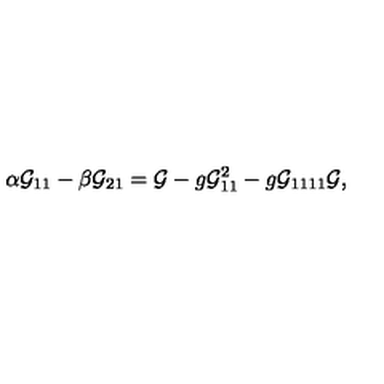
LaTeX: \alpha { \cal G } _ { 1 1 } - \beta { \cal G } _ { 2 1 } = { \cal G } - g { \cal G } _ { 1 1 } ^ { 2 } - g { \cal G } _ { 1 1 1 1 } { \cal G } ,